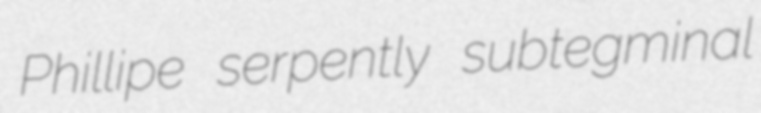
Phillipe serpently subtegminal